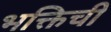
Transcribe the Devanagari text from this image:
भक्तिची